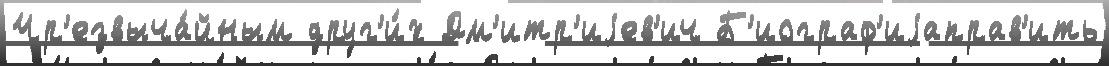
Чр'езвыча́йным друг'и́х Дм'итр'иjев'ич Б'иограф'иjаправ'ить